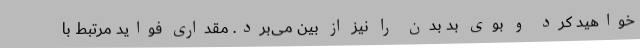
خواهید کرد و بوی بد بدن را نیز از بین می‌برد. مقداری فواید مرتبط با